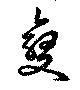
変